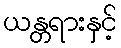
ယန္တရားနှင့်